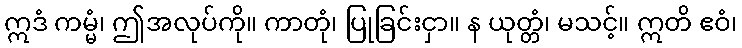
ဣဒံ ကမ္မံ၊ ဤအလုပ်ကို။ ကာတုံ၊ ပြုခြင်းငှာ။ န ယုတ္တံ၊ မသင့်။ ဣတိ ဧဝံ၊